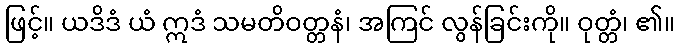
ဖြင့်။ ယဒိဒံ ယံ ဣဒံ သမတိဝတ္တနံ၊ အကြင် လွန်ခြင်းကို။ ဝုတ္တံ၊ ၏။